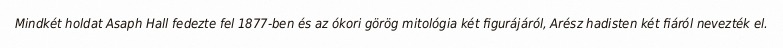
Mindkét holdat Asaph Hall fedezte fel 1877-ben és az ókori görög mitológia két figurájáról, Arész hadisten két fiáról nevezték el.